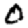
Digit: 0